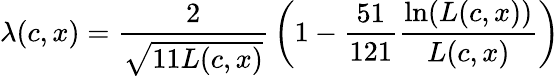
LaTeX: \lambda(c,x)={\frac{2}{\sqrt{11L(c,x)}}}\left(1-{\frac{51}{121}}{\frac{\ln(L(c,x))}{L(c,x)}}\right)